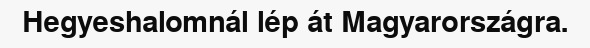
Hegyeshalomnál lép át Magyarországra.